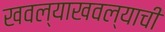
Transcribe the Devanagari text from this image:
खवल्याखवल्याची